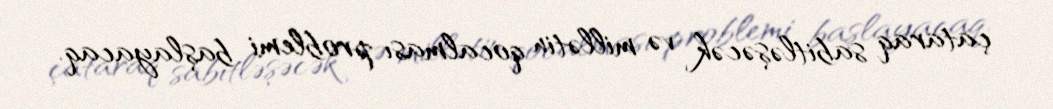
çataraq sabitləşəcək və millətin qocalması problemi başlayacaq.